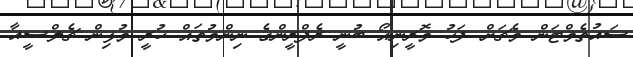
ސައުތެމްޓަން މެޗަށް ފަހު މޮރީނިއޯ ބުނީ ރެފްރީންގެ ނިންމުތައް ހުރީ މުޅިން ޗެލްސީއާ